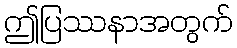
ဤပြဿနာအတွက်